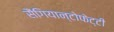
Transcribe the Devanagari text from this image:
सैंगियान्टोफेट्टी